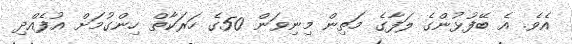
އެވެ. އެ ބޭފުޅުންގެ ލަފާގެ މަތިން މިނިވަން 50ގެ ހަރަކާތް ހިންގުމަށް އުފެއްދި